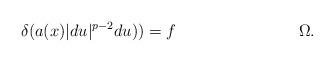
LaTeX: \begin{align*}\delta ( a(x) \lvert du \rvert^{p-2} du) ) = f && \Omega. \end{align*}